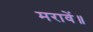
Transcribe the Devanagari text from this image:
मरावें॥